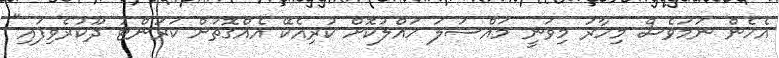
އެހެން ނަމަވެސް މިހާރު މިވަނީ މައްސަލަ ހައްލުކޮށް ކުރިއެކޭ އެއްގޮތަށް ކަރަންޓު ދޫކުރެވިފައި"